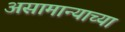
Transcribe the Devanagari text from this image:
असामान्याच्या